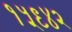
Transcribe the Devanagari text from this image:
१५९४२